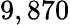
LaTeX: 9,870